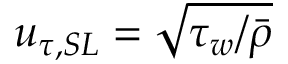
u _ { \tau , S L } = \sqrt { \tau _ { w } / \bar { \rho } }